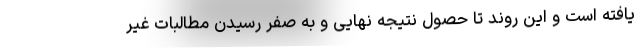
یافته است و این روند تا حصول نتیجه نهایی و به صفر رسیدن مطالبات غیر